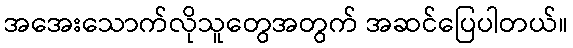
အအေးသောက်လိုသူတွေအတွက် အဆင်ပြေပါတယ်။